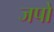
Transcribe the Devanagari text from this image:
जपो